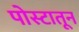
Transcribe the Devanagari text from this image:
पोस्टातून